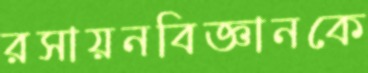
রসায়নবিজ্ঞানকে